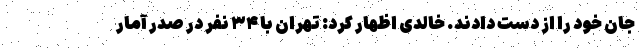
جان خود را از دست دادند. خالدی اظهار کرد: تهران با ٣۴ نفر در صدر آمار